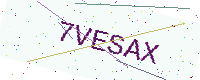
Text: 7VESAX